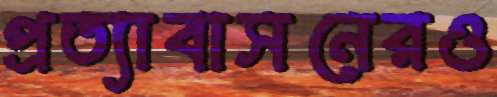
প্রত্যাবাসনেরও